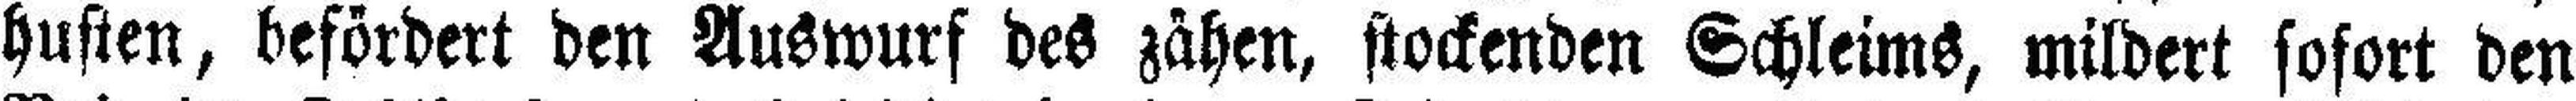
husten, befördert den Auswurf des zähen, stockenden Schleims, mildert sofort den